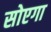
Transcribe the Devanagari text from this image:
सोएगा